Annual statistical returns and brief notes on vaccination in Bengal - 1909-1929
Year: 1909
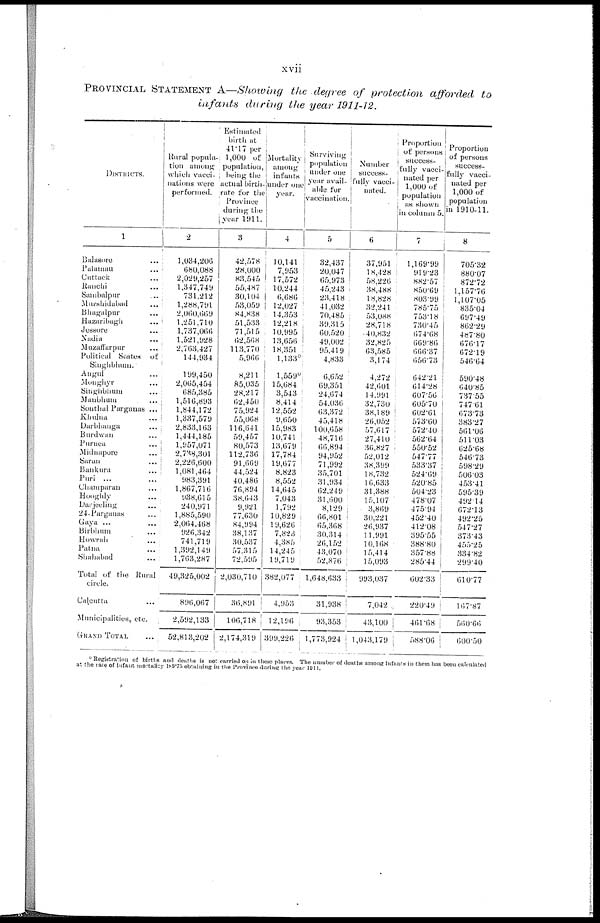
xvii
PROVINCIAL STATEMENT A—Showing the degree of protection afforded to
infants during the year 1911-12.
DISTRICTS.
1
Balasore ...
Palamau ...
Cuttack ...
Ranchi ...
Sambalpur ...
Murshidabad ...
Bhagalpur ...
Hazaribagh ...
Jessore ...
Nadia ...
Mazaffarpur ...
Political States of
Singhbhum.
Angul ...
Monghyr ...
Singhbhum ...
Maubhum ...
Sonthal Parganas ...
Khulna ...
Darbhanga ...
Burdwan ...
Purnea ...
Midnapore ...
Saran ...
Bankura ...
Puri ...
Champaran ...
Hooghly ...
Darjeeling ...
24-Parganas ...
Gaya ...
Birbhum ...
Howrah ...
Patna ...
Shahabad ...
Total of the Rural
circle.
Calcutta ...
Municipalities, etc.
GRAND TOTAL ...
Rural popula-
tion among
which vacci-
nations were
performed.
2
1,034,206
680,088
2,029,257
1,347,749
731,212
1,288,791
2,060,669
1,251,710
1,737,066
1,521,928
2,763,427
144,934
199,450
2,065,454
685,385
1,516,893
1,844,172
1,337,579
2,833,163
1,444,185
1,957,071
2,738,301
2,226,600
1,081,464
983,391
1,867,716
938,615
240,971
1,885,590
2,064,468
926,342
741,719
1,392,149
1,763,287
49,325,002
896,067
2,592,133
52,813,202
Estimated
birth at
41.17 per
1,000 of
population,
being the
actual birth-
rate for the
Province
during the
year 1911.
3
42,578
28,000
83,545
55,487
30,104
53,059
84,838
51,533
71,515
62,568
113,770
5,966
8,211
85,035
28,217
62,450
75,924
55,068
116,641
59,457
80,573
112,736
91,669
44,524
40,486
76,894
38,643
9,921
77,630
84,994
38,137
30,537
57,315
72,595
2,030,710
36,891
106,718
2,174,319
Mortality
among
infants
under one
year.
4
10,141
7,953
17,572
10,244
6,686
12,027
14,353
12,218
10,995
13,656
18,351
1,133*
l,559*
15,684
3,543
8,414
12,552
9,650
15,983
10,741
13,679
17,784
19,677
8,823
8,552
14,645
7,043
1,792
10,829
1 9,626
7,823
4,385
14,245
19,719
382,077
4,953
12,196
399,226
Surviving
population
under one
year avail-
able for
vaccination.
5
32,437
20,047
65,973
45,243
23,418
41,032
70,485
39,315
60,520
49,002
95,419
4,833
6,652
69,351
24,674
54,036
63,372
45,418
100,658
48,716
66,894
94,952
71,992
35,701
31,934
62,249
31,600
8,129
66,801
65,368
30,314
26,152
43,070
52,876
1,648,633
31,938
93,353
1,773,924
Number
success-
fully vacci-
nated.
6
37,951
18,428
58,226
38,488
18,828
32,241
53,088
28,718
40,832
32,825
63,585
3,174
4,272
42,601
14,991
32,730
38,189
26,052
57,617
27,410
36,827
52,012
38,399
18,732
16,633
31,388
15,107
3,869
30,221
26,937
11,991
10,168
15,414
15,093
993,037
7,042
43,100
1,043,179
Proportion
of persons
success-
fully vacci-
nated per
1,000 of
population
as shown
in column 5.
7
1,169.99
919.23
882.57
850.69
803.99
785.75
753.18
730.45
674.68
669.86
666.37
656.73
642.21
614.28
607.56
605.70
602.61
573.60
572.40
562.64
550.52
547.77
533.37
524.69
520.85
504.23
478.07
475.94
452.40
412.08
395.55
388.80
357.88
285.44
602.33
220.49
461.68
588.06
Proportion
of persons
success-
fully vacci-
nated per
1,000 of
population
in 1910-11.
8
705.32
880.07
872.72
1,157.76
1,107.05
835.04
697.49
862.29
487.80
676.17
672.19
546.64
590.48
640.85
737.55
747.61
673.73
383.27
561.06
511.03
625.68
546.73
598.29
506.03
453.41
595.39
492.14
672.13
492.25
547.27
373.43
455.25
334.82
299.40
610.77
167.87
560.66
600.50
*Registration of births and deaths is not carried on in these places. The number of deaths among infants in them has been calculated
at the rate of infant mortality 189.75 obtaining in the Province during the year 1911.